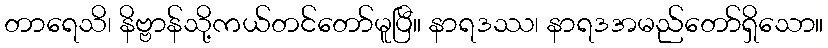
တာရေသိ၊ နိဗ္ဗာန်သို့ကယ်တင်တော်မူပြီ။ နာရဒဿ၊ နာရဒအမည်တော်ရှိသော။